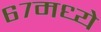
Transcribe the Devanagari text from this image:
६७मध्ये